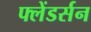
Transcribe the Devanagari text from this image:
फ्लेंडर्सन